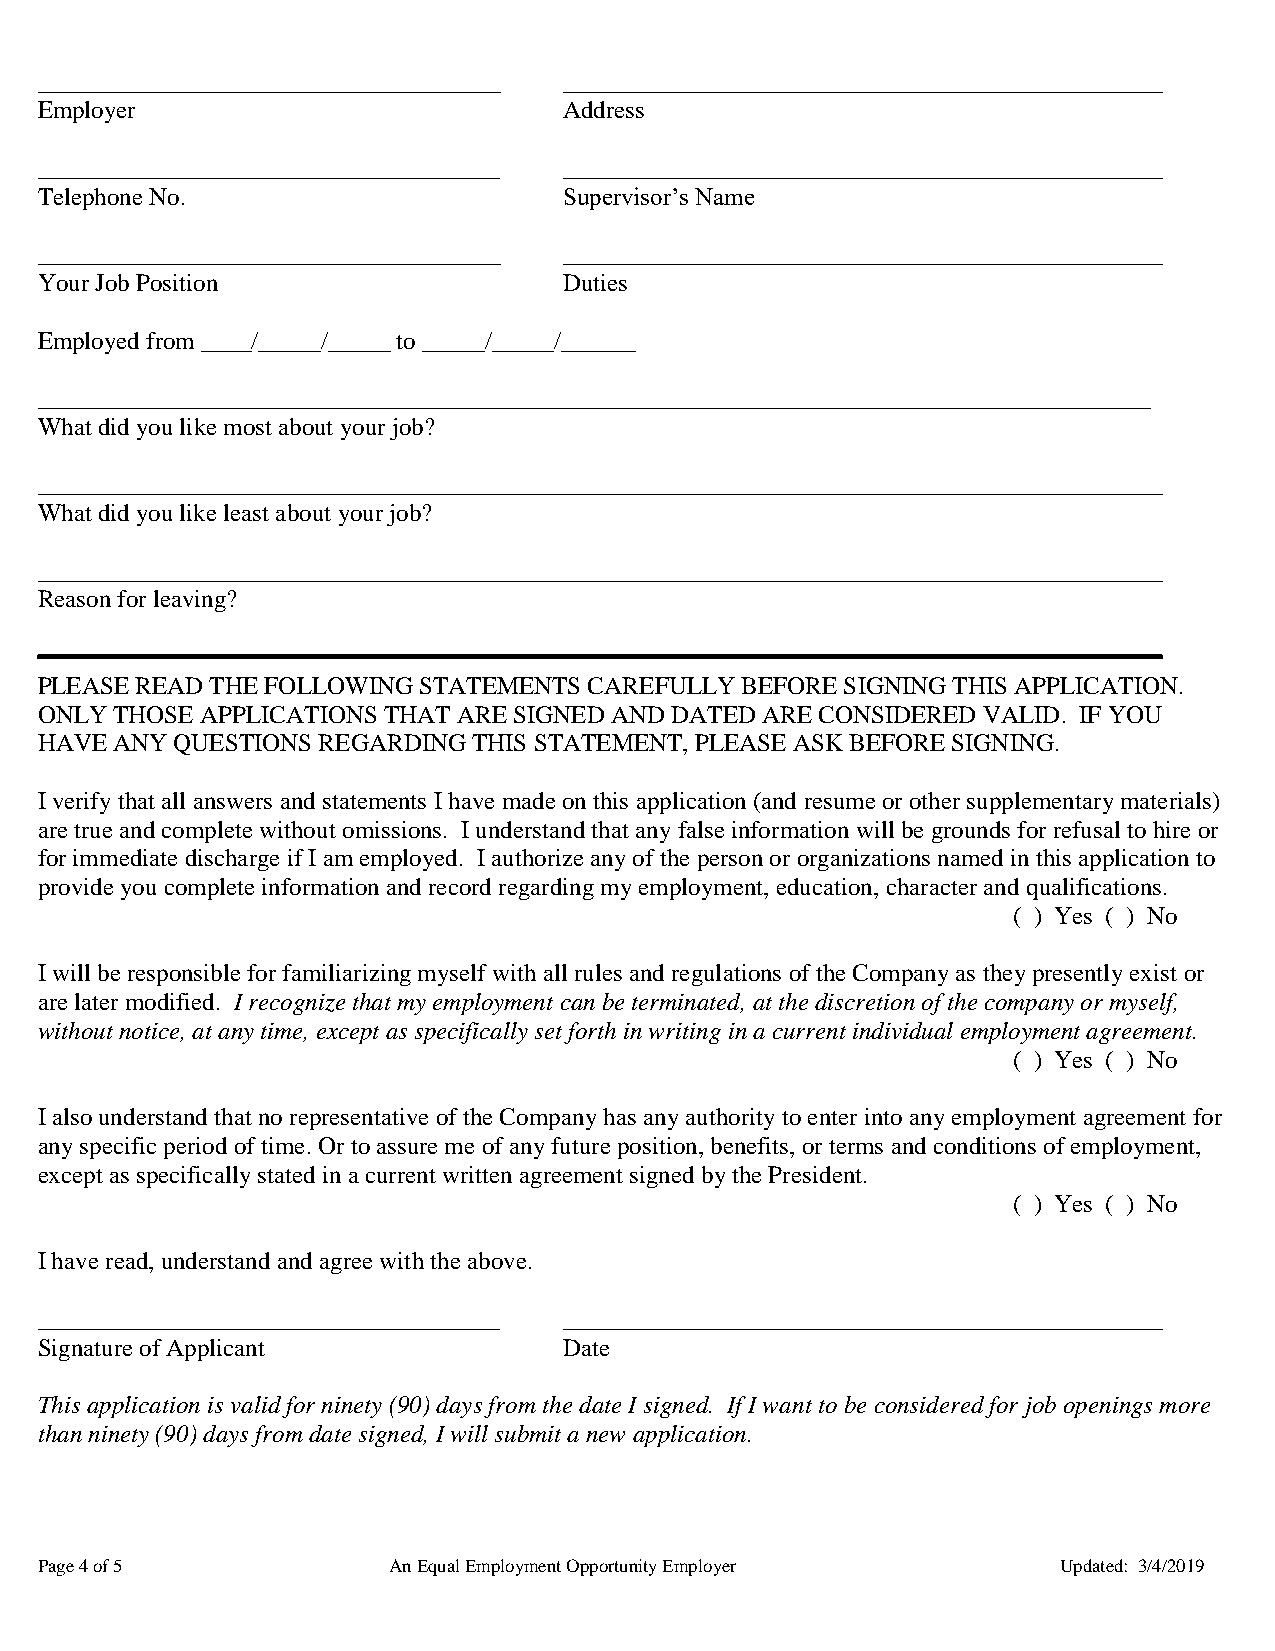
_____________________________________ ________________________________________________
 Employer                           Address
 _____________________________________ ________________________________________________
 Telephone No.                      Supervisor’s Name
 _____________________________________ ________________________________________________
 Your Job Position                  Duties
 Employed from ____/_____/_____ to _____/_____/______
 _________________________________________________________________________________________
 What did you like most about your job?
 __________________________________________________________________________________________
 What did you like least about your job?
 __________________________________________________________________________________________
 Reason for leaving?
 PLEASE READ THE FOLLOWING STATEMENTS CAREFULLY BEFORE SIGNING THIS APPLICATION.
 ONLY THOSE APPLICATIONS THAT ARE SIGNED AND DATED ARE CONSIDERED VALID. IF YOU
 HAVE ANY QUESTIONS REGARDING THIS STATEMENT, PLEASE ASK BEFORE SIGNING.
 I verify that all answers and statements I have made on this application (and resume or other supplementary materials)
 are true and complete without omissions. I understand that any false information will be grounds for refusal to hire or
 for immediate discharge if I am employed. I authorize any of the person or organizations named in this application to
 provide you complete information and record regarding my employment, education, character and qualifications.
 ( ) Yes ( ) No
 I will be responsible for familiarizing myself with all rules and regulations of the Company as they presently exist or
 are later modified. I recognize that my employment can be terminated, at the discretion of the company or myself,
 without notice, at any time, except as specifically set forth in writing in a current individual employment agreement.
 ( ) Yes ( ) No
 I also understand that no representative of the Company has any authority to enter into any employment agreement for
 any specific period of time. Or to assure me of any future position, benefits, or terms and conditions of employment,
 except as specifically stated in a current written agreement signed by the President.
 ( ) Yes ( ) No
 I have read, understand and agree with the above.
 _____________________________________ ________________________________________________
 Signature of Applicant             Date
 This application is valid for ninety (90) days from the date I signed. If I want to be considered for job openings more
 than ninety (90) days from date signed, I will submit a new application.
 Page 4 of 5             An Equal Employment Opportunity Employer    Updated: 3/4/2019